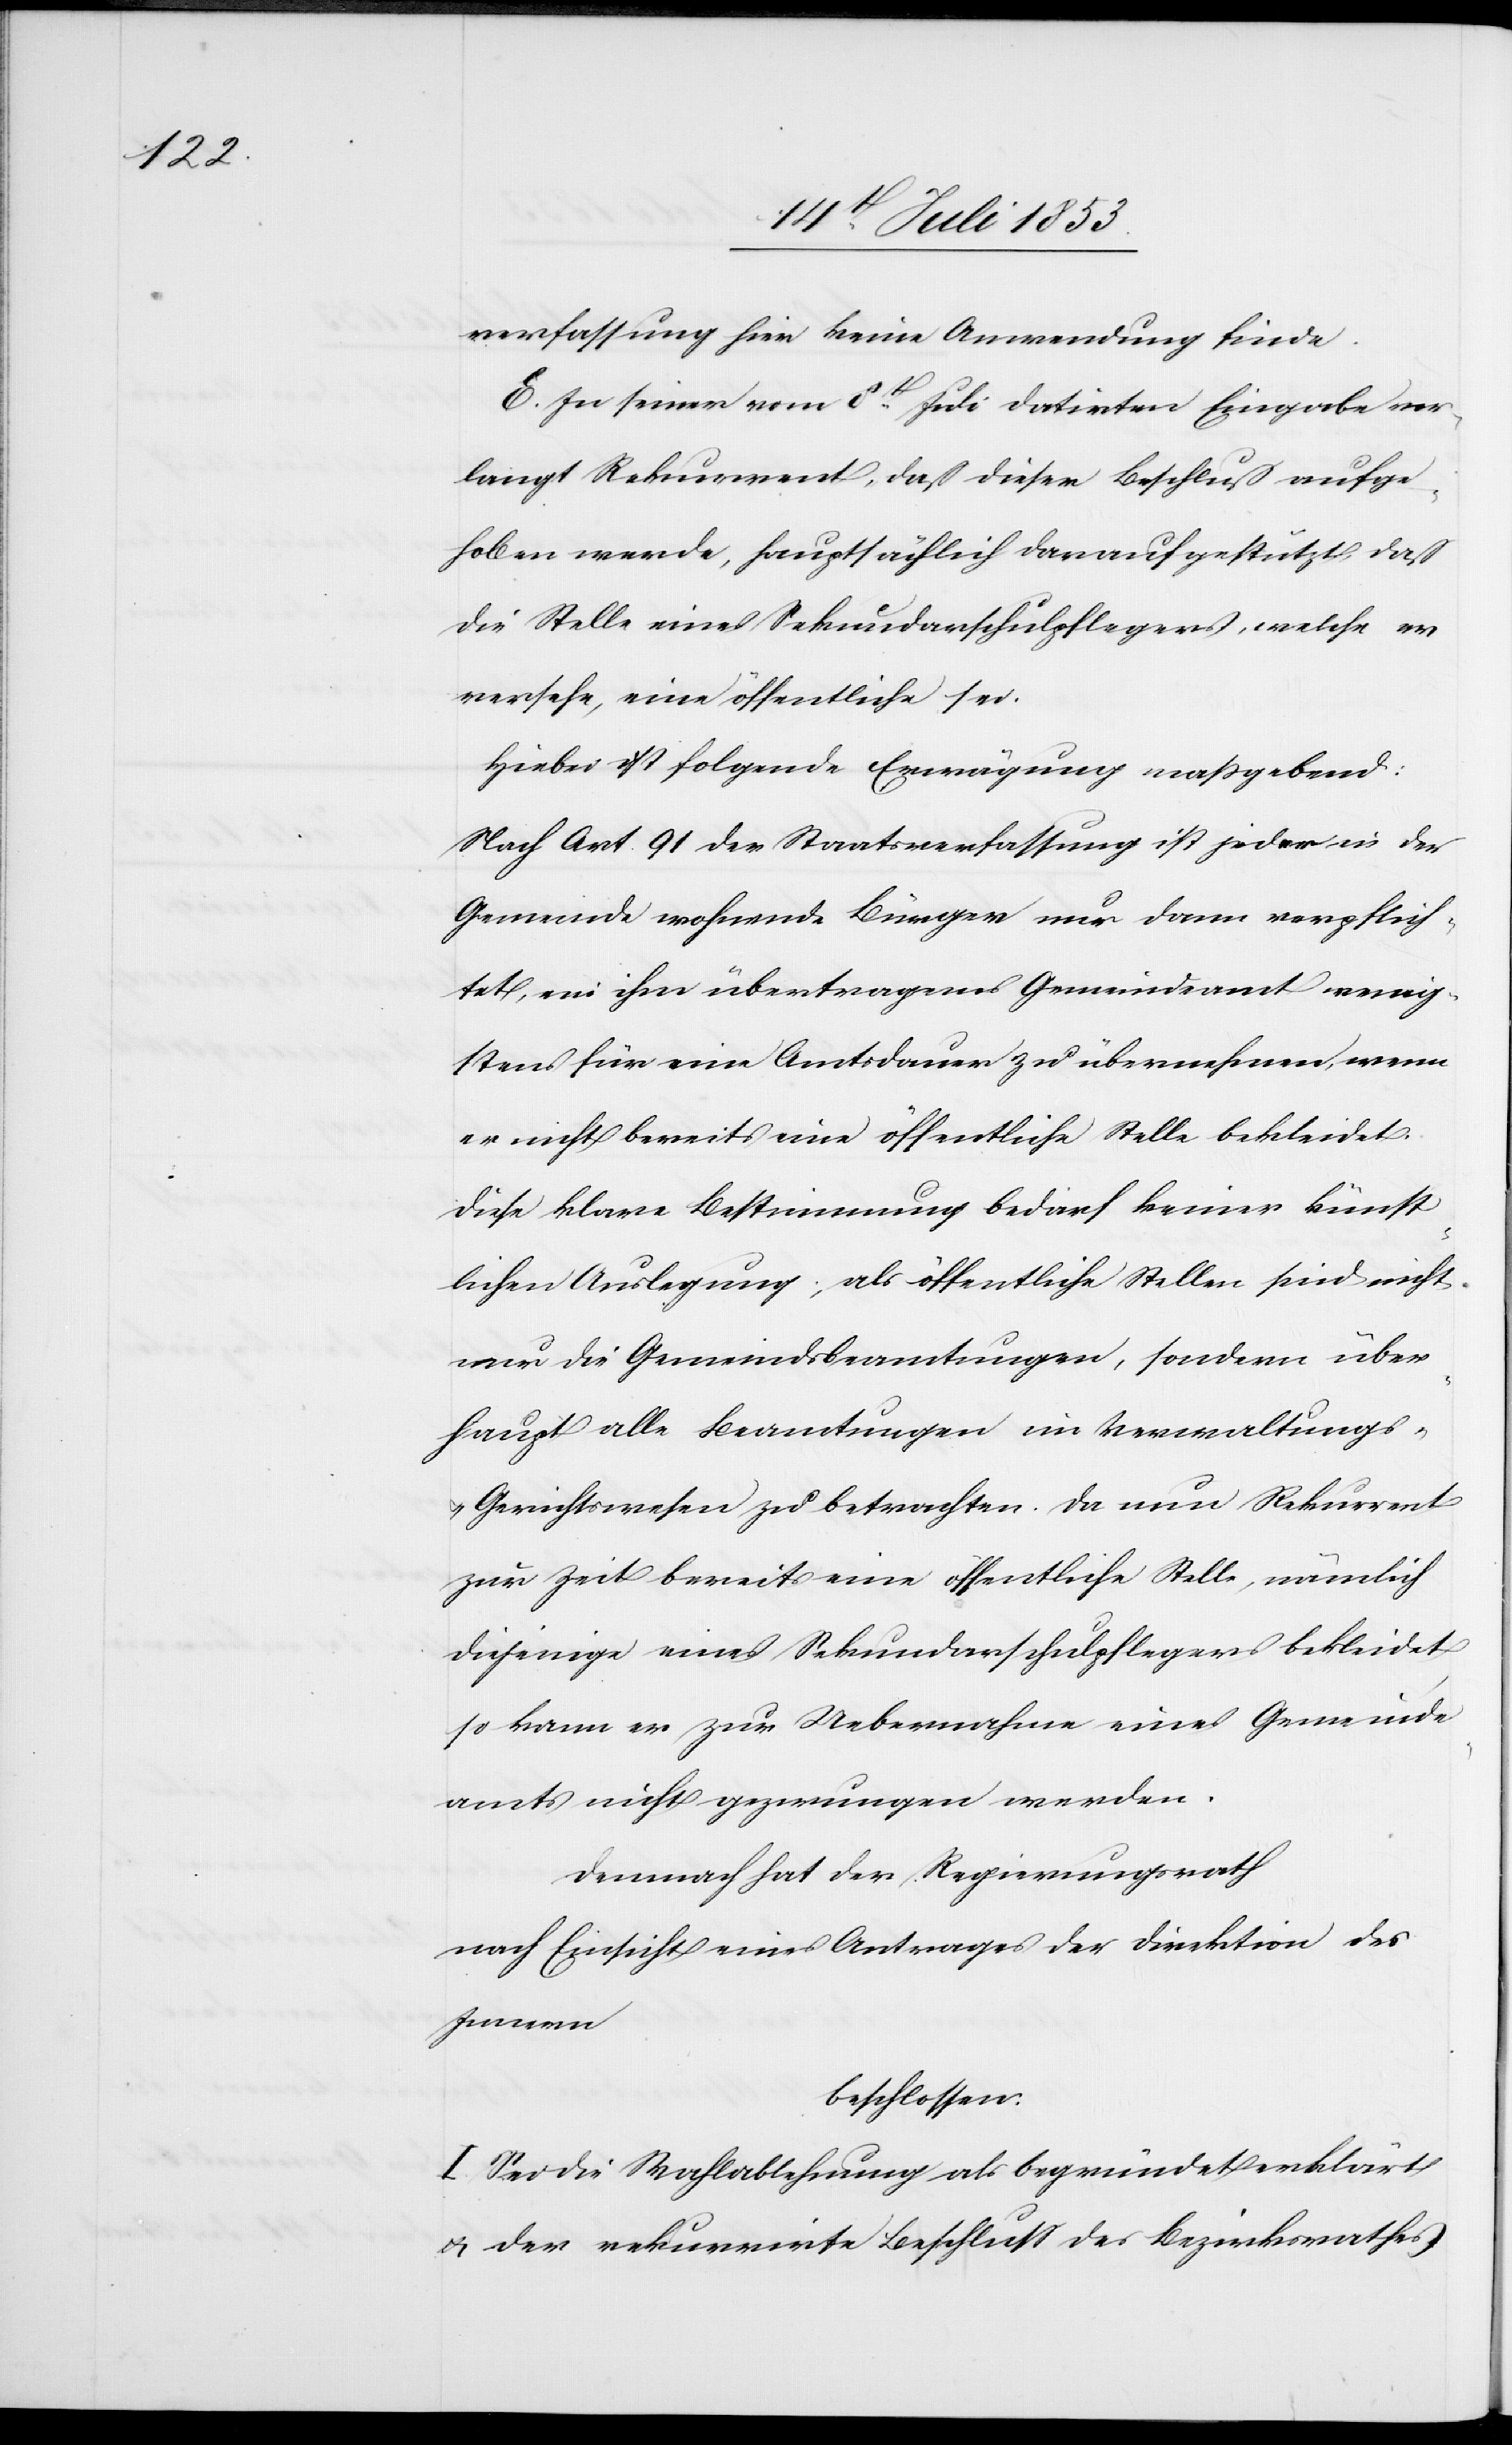
verfassung hier keine Anwendung finde.
E. In seiner vom 8t Juli datirten Eingabe ver¬
langt Rekurrent, daß dieser Beschluß aufge¬
hoben werde, hauptsächlich darauf gestützt, daß
die Stelle eines Sekundarschulpflegers, welche er
versehe, eine öffentliche sei.
Hiebei ist folgende Erwägung maßgebend:
Nach Art. 91 der Staatsverfassung ist jeder in der
Gemeinde wohnende Bürger nur dann verpflich¬
tet, ein ihm übertragenes Gemeindsamt wenig¬
stens für eine Amtsdauer zu übernehmen, wenn
er nicht bereits eine öffentliche Stelle bekleidet.
Diese klare Bestimmung bedarf keiner künst¬
lichen Auslegung; als öffentliche Stellen sind nicht
nur die Gemeindsbeamtungen, sondern über¬
haupt alle Beamtungen im Verwaltungs-
u. Gerichtswesen zu betrachten. Da nun Rekurrent
zur Zeit bereits eine öffentliche Stelle, nämlich
diejenige eines Sekundarschulpflegers bekleidet
so kann er zur Uebernahme eines Gemeinde¬
amts nicht gezwungen werden.
Demnach hat der Regierungsrath
nach Einsicht eines Antrages der Direktion des
Innern
beschlossen:
I. Sei die Wahlablehnung als begründet erklärt
u. der rekurrirte Beschluss des Bezirksrathes